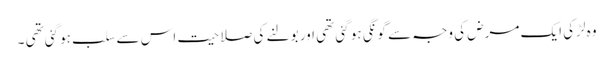
وہ لڑکی ایک مرض کی وجہ سے گونگی ہو گئی تھی اور بولنے کی صلاحیت اس سے سلب ہوگئی تھی ۔